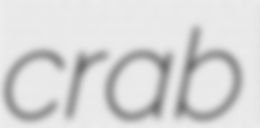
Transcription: crab